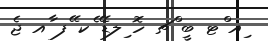
ިއ ްޓ ބީ ްޗ ހޮ ިލޑޭ ެކ ޭފ ާއ ޖެ